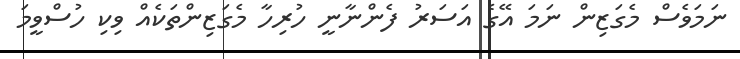
ނަމަވެސް މެގަޒިން ނަމަ އޭގެ އަސަރު ފެންނާނީ ހުރިހާ މެގަޒިންތަކެއް ވިކި ހުސްވީމަ